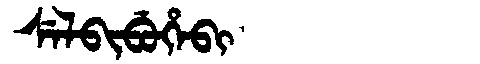
Manchu: ᠰᡝᠯᠪᡳᠪᡠᡥᡝᠪᡳ
Romanization: SELBIBUHEBI